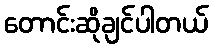
တောင်းဆိုချင်ပါတယ်